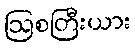
ဩစတြီးယား